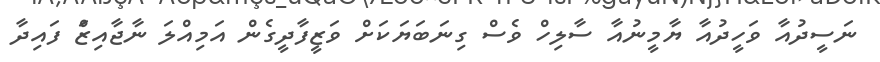
ނަސީދުއާ ވަހީދުއާ ޔާމީނުއާ ސާލިހް ވެސް ގިނަބަޔަކަށް ވަޒީފާދީގެން އަމިއްލަ ނާޖާއިޒަް ފައިދާ